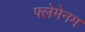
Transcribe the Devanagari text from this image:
फ्लेमेनम